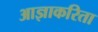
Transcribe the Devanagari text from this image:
आज्ञाकरिता